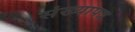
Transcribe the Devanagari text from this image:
संख्यापत्र